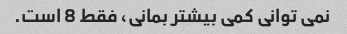
نمی توانی کمی بیشتر بمانی، فقط 8 است.